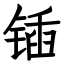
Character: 锸